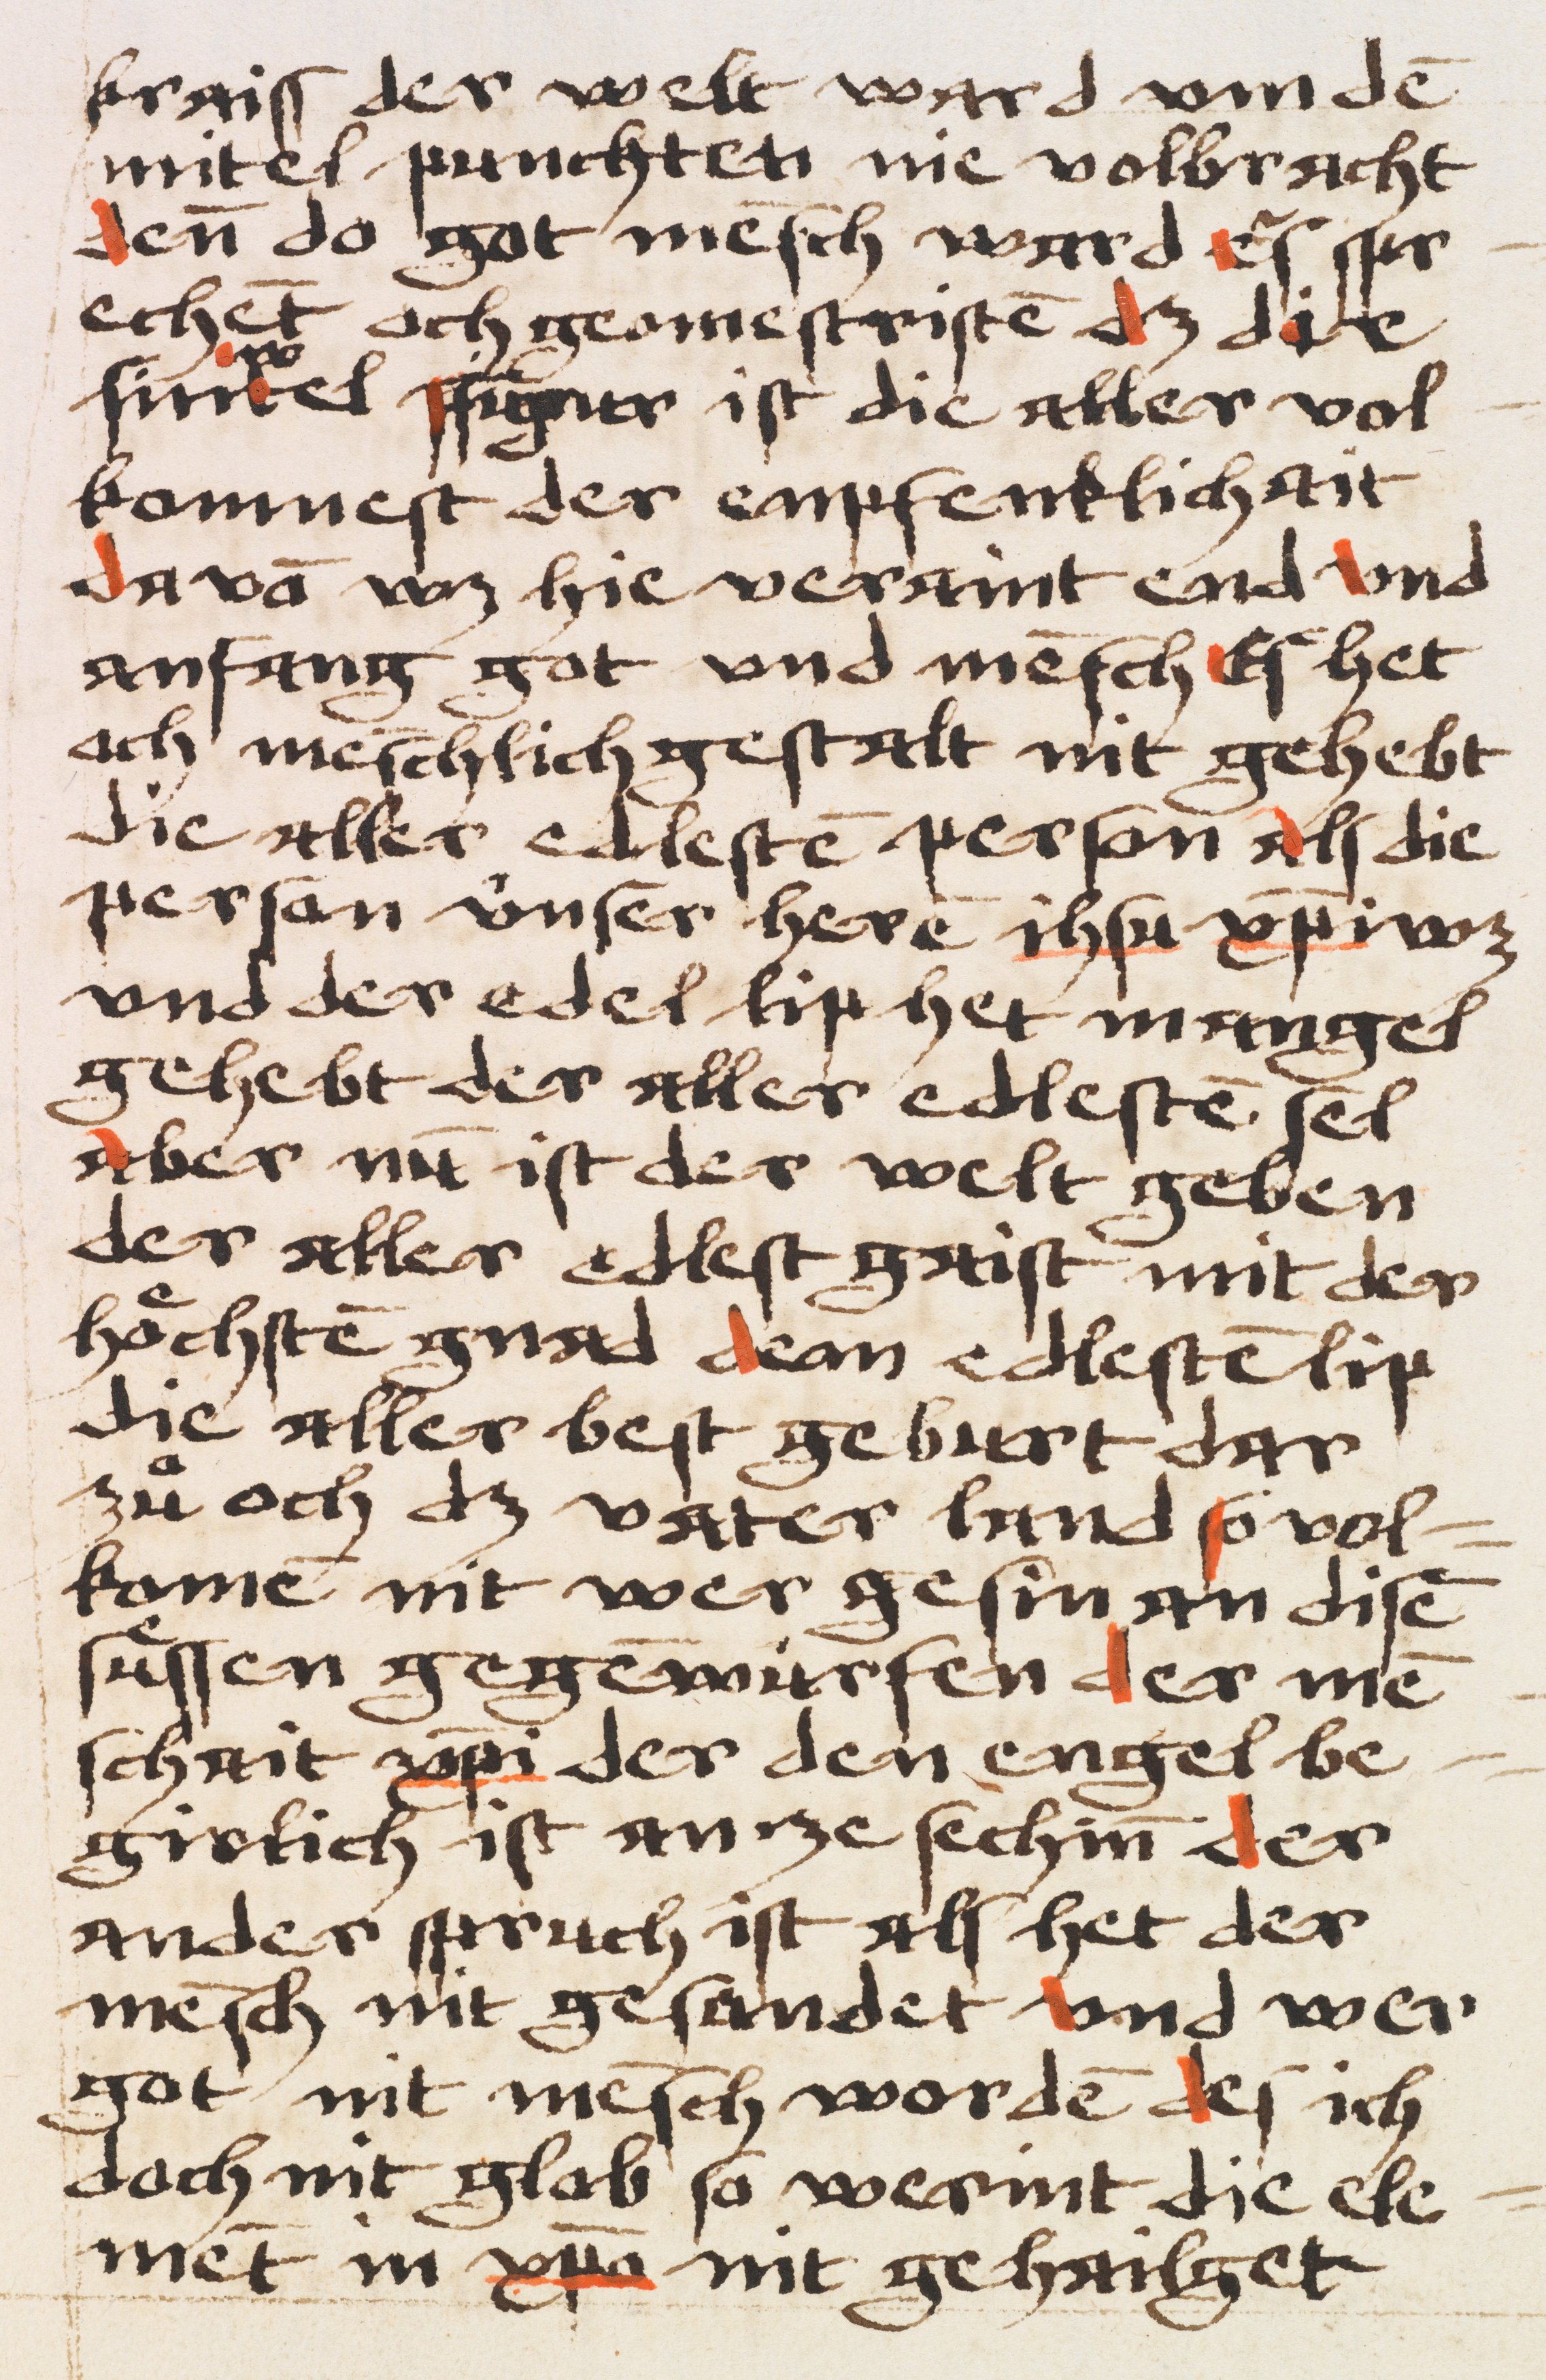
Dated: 1484–1484